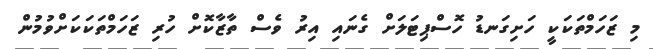
މި ޒަހަމްތަކަކީ ހަށިގަނޑު ހޮސްޕިޓަލަށް ގެނައި އިރު ވެސް ތާޒާކޮށް ހުރި ޒަހަމްތަކަކަށްވުމުން